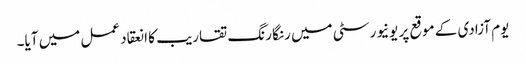
یوم آزادی کے موقع پر یونیورسٹی میں رنگا رنگ تقاریب کا انعقاد عمل میں آیا۔